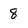
Character: 8